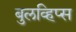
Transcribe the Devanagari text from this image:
बुलव्हिप्स